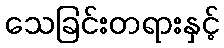
သေခြင်းတရားနှင့်